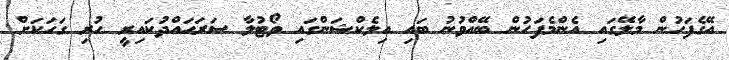
އޭގެފަހުން މާލޭގައި އެންމެފަހުން ބޭއްވުނު ބައި އިލެކްޝަންގައި ވޯޓުލާ ސަރަޙައްދުކައިރީ ހުރި ގަހަކަށް